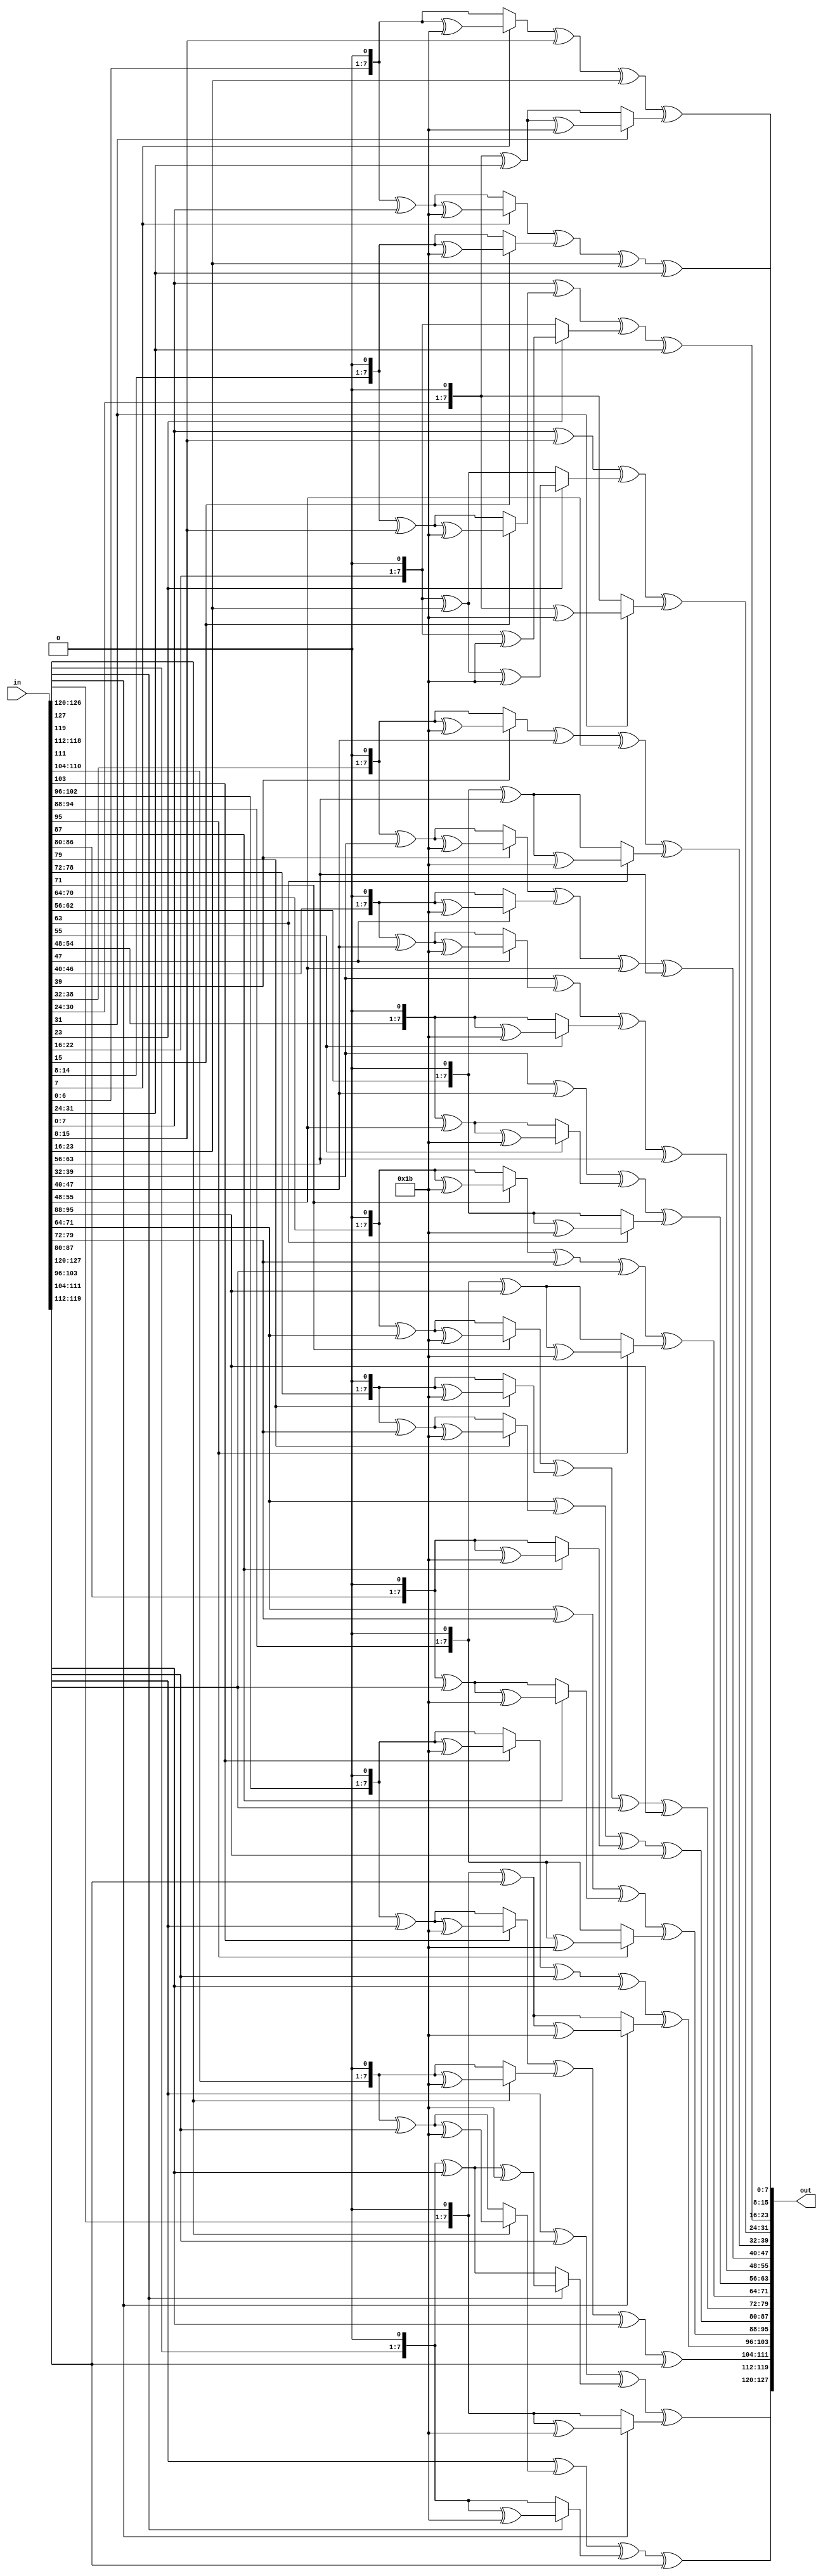
module Mix_Column(input wire[127:0]in, output reg[127:0]out);
  function [7:0] mul_2(input [7:0] byte1);  // multiply by 2 "x" 
    begin 
      if(byte1[7]==1'b0)		// if MSB = 0, SLL by 1
        mul_2 = byte1<<1;
      else
        mul_2 = (byte1<<1)^(8'h1b); // if MSB = 1, (SLL by 1) XOR 1B
    end
  endfunction

  function [7:0] mul_3(input [7:0] byte1); // multiply by 3 "x + 1"
    begin
      if(byte1[7]==1'b0)		// if MSB = 0, SLL by 1 XOR itself "byte"
        mul_3 = (byte1<<1)^(byte1);
      else
        mul_3 = (byte1<<1)^(byte1)^(8'h1b); // if MSB = 1, (SLL by 1) XOR 1B XOR itself "byte"
    end
  endfunction


  function [7:0] mix_column0(input [31:0] word); 	// 1st matrix's column 
    begin
      mix_column0 = word[7:0]^word[15:8]^mul_3(word[23:16])^mul_2(word[31:24]); // multiplying and adding with [02 03 01 01] over GF(2^8)
    end
  endfunction

  function [7:0] mix_column1(input [31:0] word);	// 2nd matrix's column 
    begin
      mix_column1 = word[7:0]^mul_3(word[15:8])^mul_2(word[23:16])^word[31:24]; // multiplying and adding with [01 02 03 01] over GF(2^8)
    end
  endfunction

  function [7:0] mix_column2(input [31:0] word);	// 3rd matrix's column 
    begin
      mix_column2 = mul_3(word[7:0])^mul_2(word[15:8])^word[23:16]^word[31:24];  // multiplying and adding with [01 01 02 03] over GF(2^8)
    end
  endfunction

  function [7:0] mix_column3(input [31:0] word);	// 4th matrix's column 
    begin
      mix_column3 = mul_2(word[7:0])^word[15:8]^word[23:16]^mul_3(word[31:24]); // multiplying and adding with [03 01 01 02] over GF(2^8)
   end
  endfunction

  function [31:0] mix_column(input [31:0] word);	// output matrix 
    begin
      mix_column = {mix_column0(word),mix_column1(word),mix_column2(word),mix_column3(word)};
    end
  endfunction
  always @*
	  begin
 out = {mix_column(in[127:96]), mix_column(in[95:64]), mix_column(in[63:32]), mix_column(in[31:0])};
		   end
endmodule